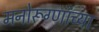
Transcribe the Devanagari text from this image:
मनोरूग्णांच्या